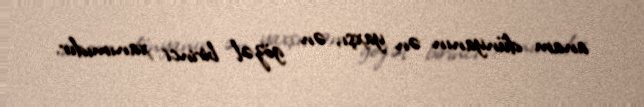
anam dünyanın ən yaxşı, ən gözəl birinci xanımıdır.